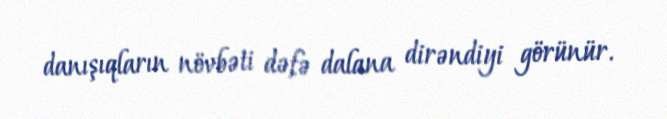
danışıqların növbəti dəfə dalana dirəndiyi görünür.